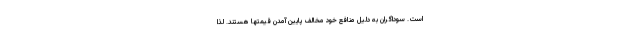
است. سوداگران به دلیل منافع خود مخالف پایین آمدن قیمتها هستند. لذا